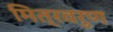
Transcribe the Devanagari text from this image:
मित्रवरुण